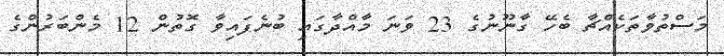
މަސްތުވާތަކެއްޗާ ބެހޭ ގާނޫނުގެ 23 ވަނަ މާއްދާގައި ބުނެފައިވާ ގޮތުން 12 މެންބަރުންގެ